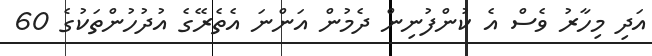
އަދި މިހާރު ވެސް އެ ކުންފުނިން ދެމުން އަންނަ އެތެރޭގެ އުދުހުންތަކުގެ 60